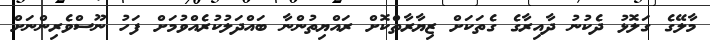
މާލޭގެ ގަލޮޅު ދެކުނު ދާއިރާގެ ގެތަކަށް ޒިޔާރާތްކޮށް ރައްޔިތުންނާ ބައްދަލުކުރެއްވުމަށް ފަހު ނޫސްވެރިންނަށް